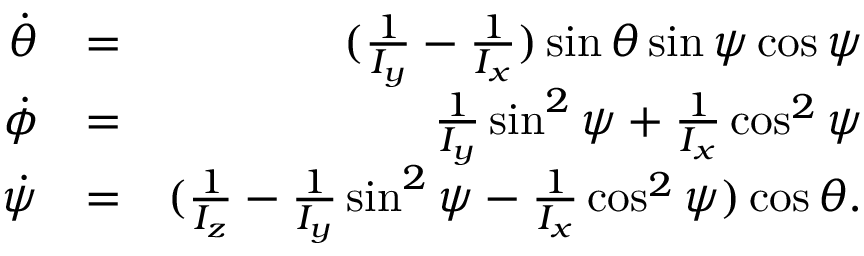
\begin{array} { r l r } { \dot { \theta } } & { = } & { ( \frac { 1 } { I _ { y } } - \frac { 1 } { I _ { x } } ) \sin \theta \sin \psi \cos \psi } \\ { \dot { \phi } } & { = } & { \frac { 1 } { I _ { y } } \sin ^ { 2 } \psi + \frac { 1 } { I _ { x } } \cos ^ { 2 } \psi } \\ { \dot { \psi } } & { = } & { ( \frac { 1 } { I _ { z } } - \frac { 1 } { I _ { y } } \sin ^ { 2 } \psi - \frac { 1 } { I _ { x } } \cos ^ { 2 } \psi ) \cos \theta . } \end{array}